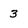
Character: 3